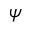
\psi